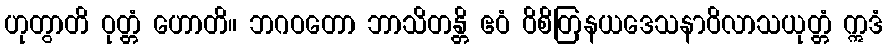
ဟုတွာတိ ဝုတ္တံ ဟောတိ။ ဘဂဝတော ဘာသိတန္တိ ဧဝံ ဝိစိတြနယဒေသနာဝိလာသယုတ္တံ ဣဒံ